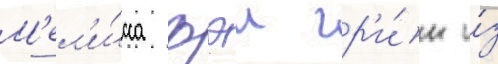
М'ел'и́сса фэи гр'и́н и́з